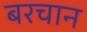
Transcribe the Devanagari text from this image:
बरचान